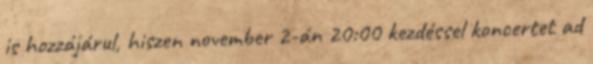
is hozzájárul, hiszen november 2-án 20:00 kezdéssel koncertet ad